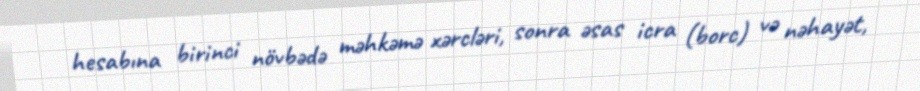
hesabına birinci növbədə məhkəmə xərcləri, sonra əsas icra (borc) və nəhayət,